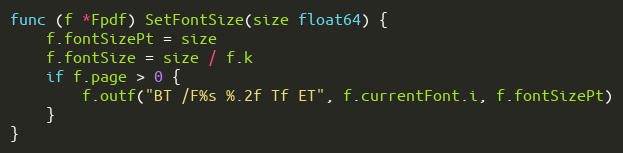
Language: Go
func (f *Fpdf) SetFontSize(size float64) {
	f.fontSizePt = size
	f.fontSize = size / f.k
	if f.page > 0 {
		f.outf("BT /F%s %.2f Tf ET", f.currentFont.i, f.fontSizePt)
	}
}